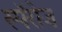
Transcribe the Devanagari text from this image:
स्पॅरोज्